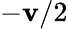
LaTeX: -\mathbf{v}/2